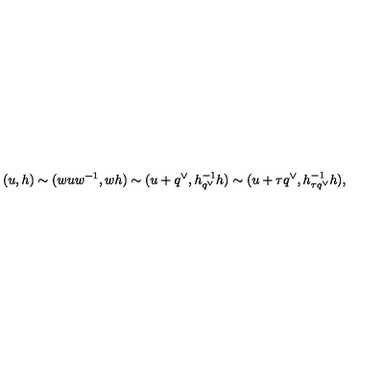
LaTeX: ( u , h ) \sim ( w u w ^ { - 1 } , w h ) \sim ( u + q ^ { \vee } , h _ { q ^ { \vee } } ^ { - 1 } h ) \sim ( u + \tau q ^ { \vee } , h _ { \tau q ^ { \vee } } ^ { - 1 } h ) ,